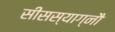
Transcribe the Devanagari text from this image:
सीसस्याग्नौ